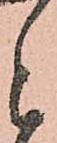
と